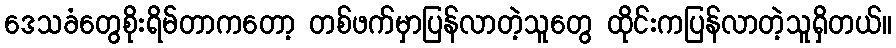
ဒေသခံတွေစိုးရိမ်တာကတော့ တစ်ဖက်မှာပြန်လာတဲ့သူတွေ ထိုင်းကပြန်လာတဲ့သူရှိတယ်။